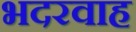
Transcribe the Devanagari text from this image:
भदरवाह